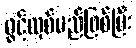
ဖွင့်လှစ်မည်ဖြစ်ပြီး